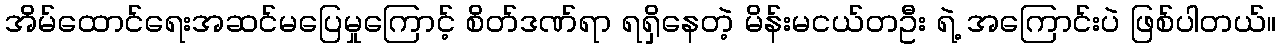
အိမ်ထောင်ရေးအဆင်မပြေမှုကြောင့် စိတ်ဒဏ်ရာ ရရှိနေတဲ့ မိန်းမငယ်တဦး ရဲ့ အကြောင်းပဲ ဖြစ်ပါတယ်။